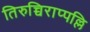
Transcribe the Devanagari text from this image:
तिरुच्चिराप्पल्लि